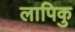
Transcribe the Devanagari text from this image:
लापिकु